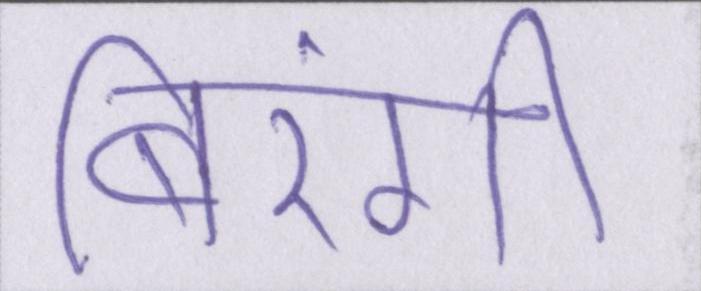
बिरंगी